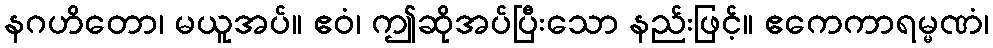
နဂဟိတော၊ မယူအပ်။ ဧဝံ၊ ဤဆိုအပ်ပြီးသော နည်းဖြင့်။ ဧကေကာရမ္မဏံ၊